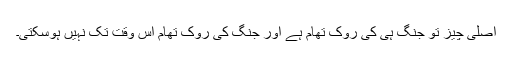
اصلی چیز تو جنگ ہی کی روک تھام ہے اور جنگ کی روک تھام اس وقت تک نہیں ہوسکتی۔